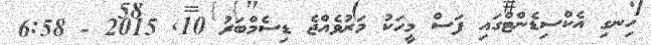
ހިނގި އެކްސިޑެންޓްގައި ފަސް މީހަކު މަރުވެއްޖެ ޑިސެމްބަރު 10